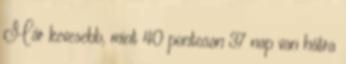
Már kevesebb, mint 40 pontosan 37 nap van hátra